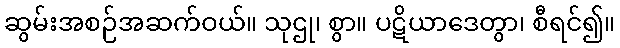
ဆွမ်းအစဉ်အဆက်ဝယ်။ သုဌု၊ စွာ။ ပဋိယာဒေတွာ၊ စီရင်၍။